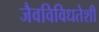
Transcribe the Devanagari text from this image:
जैवविविधतेशी